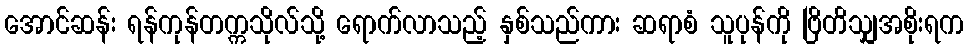
အောင်ဆန်း ရန်ကုန်တက္ကသိုလ်သို့ ရောက်လာသည့် နှစ်သည်ကား ဆရာစံ သူပုန်ကို ဗြိတိသျှအစိုးရက